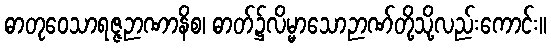
ဓာတုဝေသာရဇ္ဇဉာဏာနိစ၊ ဓာတ်၌လိမ္မာသောဉာဏ်တို့သို့လည်းကောင်း။